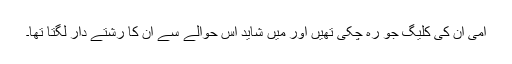
امی ان کی کلیگ جو رہ چکی تھیں اور میں شاید اس حوالے سے ان کا رشتے دار لگتا تھا۔